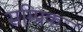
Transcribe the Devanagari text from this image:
सम्प्रिक